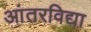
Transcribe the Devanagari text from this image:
आंतरविद्या